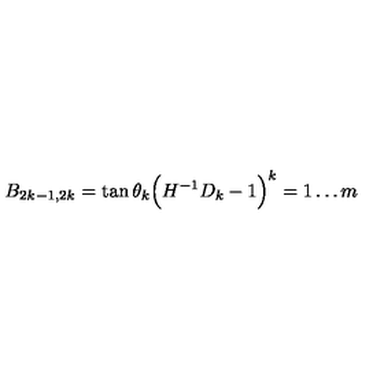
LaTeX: B _ { 2 k - 1 , 2 k } = \tan \theta _ { k } \Big ( H ^ { - 1 } D _ { k } - 1 \Big ) \sp k = 1 \ldots m